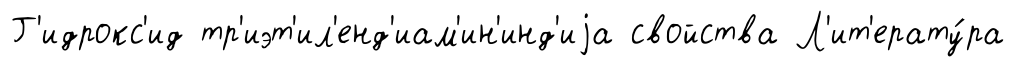
Г'идрокс'ид тр'иэт'ил'енд'иам'ин'инд'иjа свойства Л'ит'ерату́ра